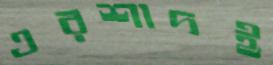
এরশাদই